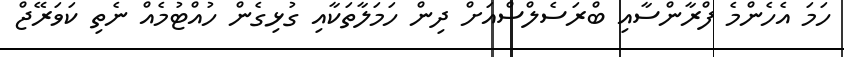
ހަމަ އެހެންމެ ފްރާންސާއި ބްރަސެލްސްއަށް ދިން ހަމަލާތަކާއި ގުޅިގެން ހުއްޓުމެއް ނެތި ކަވަރޭޖް